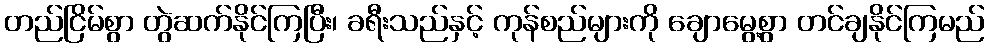
တည်ငြိမ်စွာ တွဲဆက်နိုင်ကြပြီး၊ ခရီးသည်နှင့် ကုန်စည်များကို ချောမွေ့စွာ တင်ချနိုင်ကြမည်